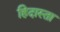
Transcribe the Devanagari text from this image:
हिदास्ता